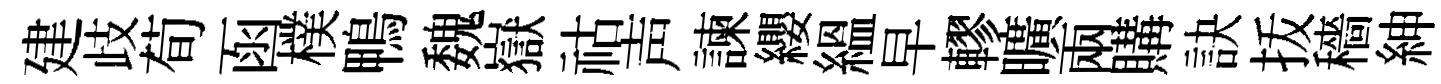
建歧荀函樸鴨魏嶽祜声諫纓緼早轇曠兩購訣㧞穡紳